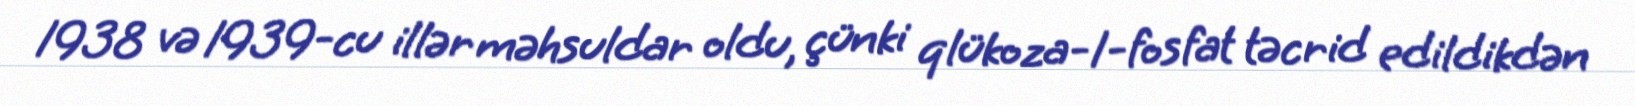
1938 və 1939-cu illər məhsuldar oldu, çünki qlükoza-1-fosfat təcrid edildikdən